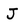
Character: J